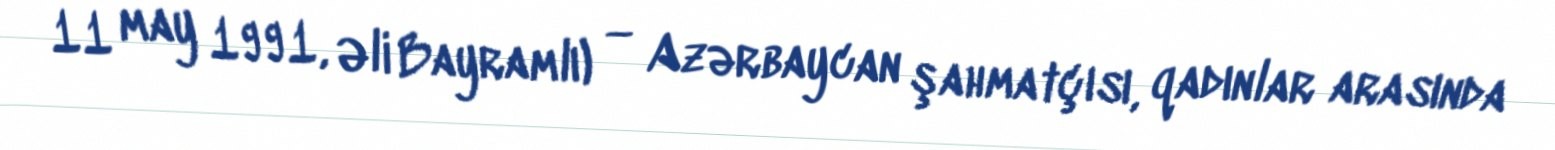
11 may 1991, Əli Bayramlı) — Azərbaycan şahmatçısı, qadınlar arasında